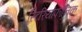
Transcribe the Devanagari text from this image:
स्टिरियोफोनिक